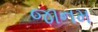
જાનમ